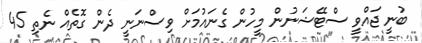
ބުނީ ޖައްވީ ސްޓޭޝަނުން މީހުން ގެނައުމަށް ވިސްނަނީ ދެން ގޮތެއް ނެތި 45